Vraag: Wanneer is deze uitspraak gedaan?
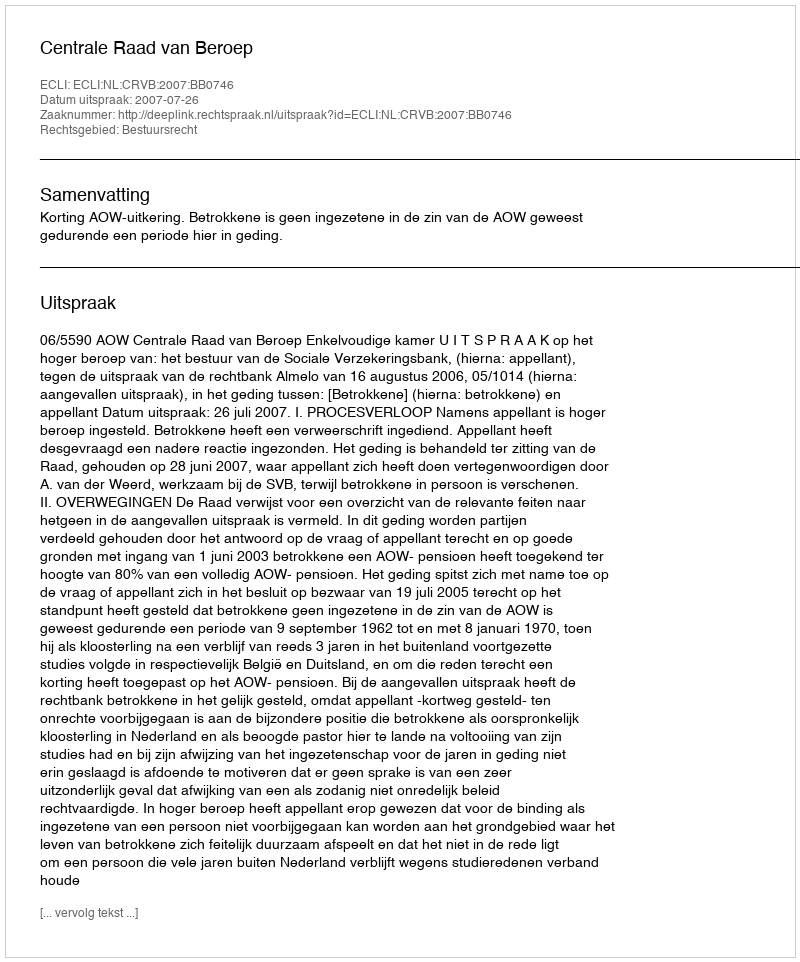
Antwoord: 2007-07-26